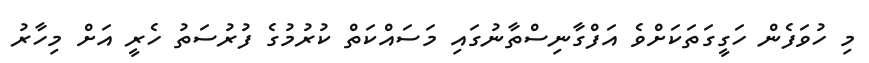
މި ހުވަފެން ހަގީގަތަކަށްވެ އަފްގާނިސްތާނުގައި މަސައްކަތް ކުރުމުގެ ފުރުސަތު ހެރީ އަށް މިހާރު